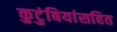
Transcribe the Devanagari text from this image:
कुटुंबियांसहित